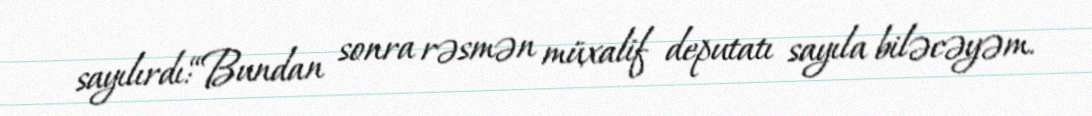
sayılırdı:“Bundan sonra rəsmən müxalif deputatı sayıla biləcəyəm.